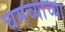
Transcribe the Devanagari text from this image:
चमच्याच्या